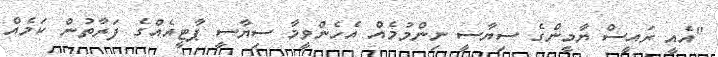
"އެއީ ރައީސް ޔާމީންގެ ސިޔާސީ ނިންމުމެއް އެހެންވީމާ ސިޔާސީ ޕާޓީއެއްގެ ފަރާތުން ކަމެއް